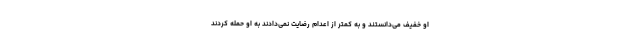
او خفیف می‌دانستند و به کمتر از اعدام رضایت نمی‌دادند به او حمله کردند